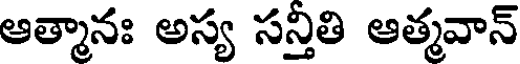
ఆత్మానః అస్య సన్తీతి ఆత్మవాన్